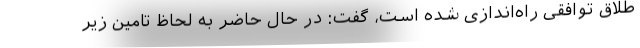
طلاق توافقی راه‌اندازی شده است، گفت: در حال حاضر به لحاظ تامین زیر